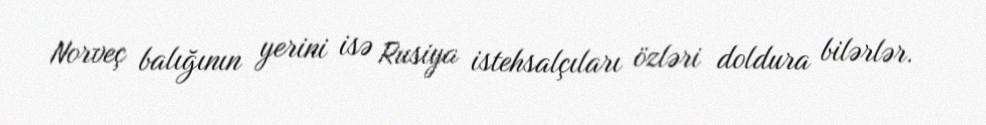
Norveç balığının yerini isə Rusiya istehsalçıları özləri doldura bilərlər.